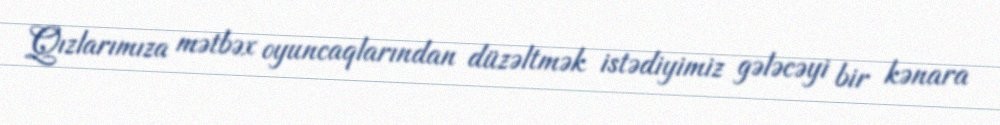
Qızlarımıza mətbəx oyuncaqlarından düzəltmək istədiyimiz gələcəyi bir kənara